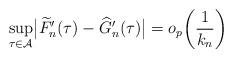
LaTeX: \begin{align*} \sup_{\tau\in\mathcal{A}}\bigl|\widetilde{F}'_n(\tau) - \widehat {G}'_n(\tau )\bigr| = o_p\biggl(\frac{1}{k_n} \biggr)\end{align*}